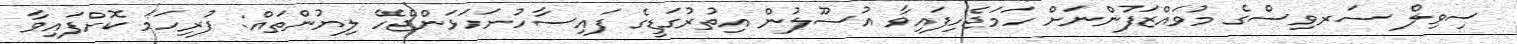
ސިވިލް ސަރވިސްގެ މުވައްޒަފުންނަށް ހަމަޖެހިފައިވާ އުސޫލުން އިތުރުގަޑީގެ ފައިސާހުށަހަޅަންޖެހޭ ލިޔުންތައް: ފުރިހަމަ ކޮށްފައިވާ